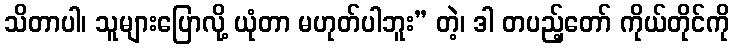
သိတာပါ၊ သူများပြောလို့ ယုံတာ မဟုတ်ပါဘူး” တဲ့၊ ဒါ တပည့်တော် ကိုယ်တိုင်ကို